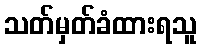
သတ်မှတ်ခံထားရသူ